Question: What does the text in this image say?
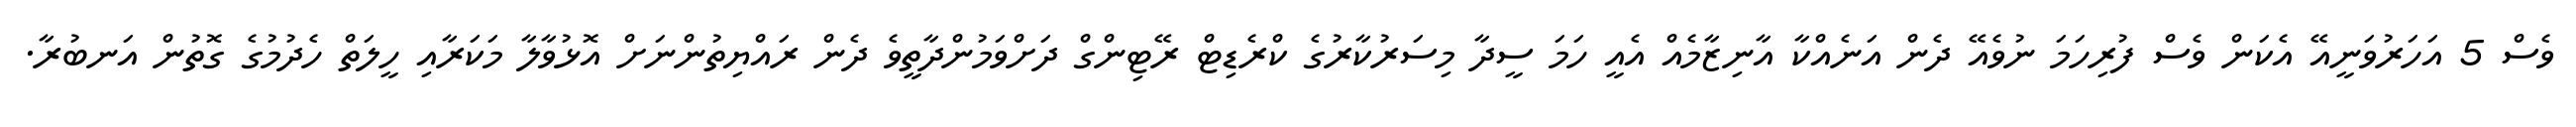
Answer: ވެސް 5 އަހަރުވަނީއޭ އެކަން ވެސް ފުރިހަމަ ނުވެއޭ ދެން އަނެއްކާ އާނިޒާމެއް އެއީ ހަމަ ސީދާ މިސަރުކާރުގެ ކްރެޑިޓް ރޭޓިންގް ދަށްވަމުންދާތީވެ ދެން ރައްޔިތުންނަށް އޮޅުވާލާ މަކަރާއި ހީލަތް ހެދުމުގެ ގޮތުން އަނބުރާ.